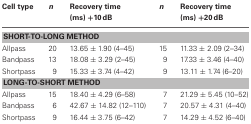
<table><thead><tr><td><b>Cell type</b></td><td><b><i>n</i></b></td><td><b>Recovery time (ms) +10 dB</b></td><td><b><i>n</i></b></td><td><b>Recovery time (ms) +20 dB</b></td></tr></thead><tbody><tr><td colspan="5"><b>SHORT-TO-LONG METHOD</b></td></tr><tr><td>Allpass</td><td>20</td><td>13.65 ± 1.90 (4–45)</td><td>15</td><td>11.33 ± 2.09 (2–34)</td></tr><tr><td>Bandpass</td><td>13</td><td>18.08 ± 3.29 (2–45)</td><td>9</td><td>17.33 ± 3.46 (4–40)</td></tr><tr><td>Shortpass</td><td>9</td><td>15.33 ± 3.74 (4–42)</td><td>9</td><td>13.11 ± 1.74 (6–20)</td></tr><tr><td colspan="5"><b>LONG-TO-SHORT METHOD</b></td></tr><tr><td>Allpass</td><td>15</td><td>18.40 ± 4.29 (6–58)</td><td>7</td><td>21.29 ± 5.45 (10–52)</td></tr><tr><td>Bandpass</td><td>6</td><td>42.67 ± 14.82 (12–110)</td><td>7</td><td>20.57 ± 4.31 (4–40)</td></tr><tr><td>Shortpass</td><td>9</td><td>16.44 ± 3.75 (6–42)</td><td>7</td><td>14.29 ± 4.52 (6–40)</td></tr></tbody></table>